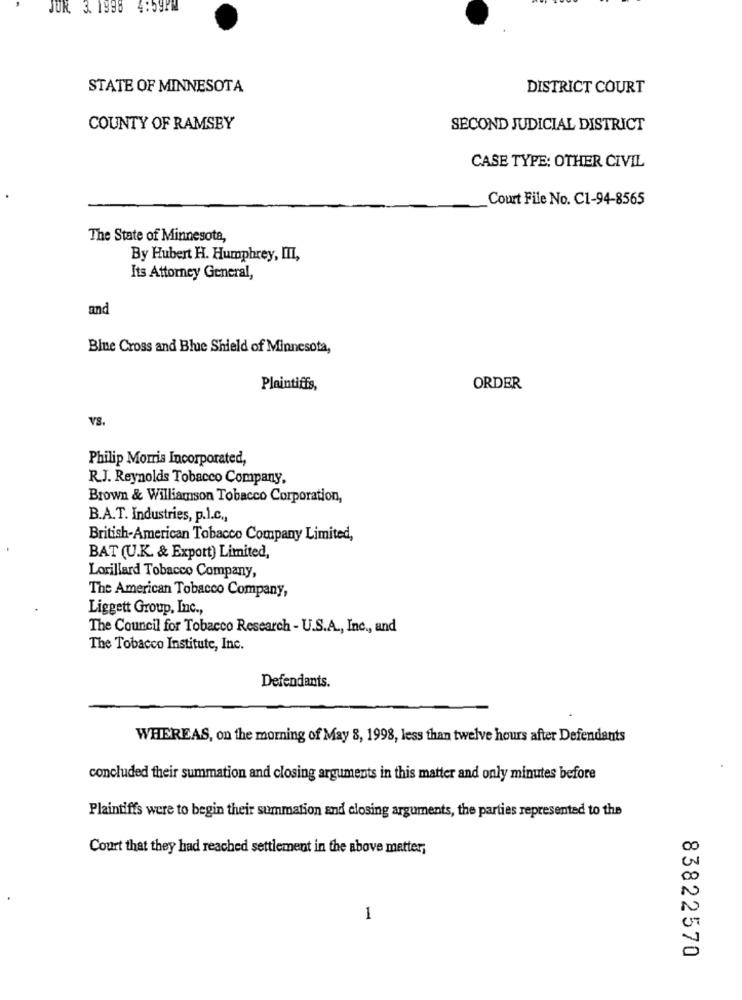
JUR. 3. 1998
STATE OF MINNESOTA
DISTRICT COURT
COUNTY OF RAMSEY
SECOND JUDICIAL DISTRICT
CASE TYPE: OTHER CIVIL
Court File No. C1-94-8565
The State of Minnesota,
By Hubert H. Humphrey, III,
Its Attorney General,
and
Blue Cross and Blue Shield of Minnesota,
Plaintiffs,
ORDER
VS.
Philip Morris Incorporated,
R.J. Reynolds Tobacco Company,
Brown & Williamson Tobacco Corporation,
B.A.T. Industries, p.l.C .,
British-American Tobacco Company Limited,
BAT (U.K. & Export) Limited,
Lorillard Tobacco Company,
The American Tobacco Company,
Liggett Group, Inc .,
The Council for Tobacco Research - U.S.A ., Inc ., and
The Tobacco Institute, Inc.
Defendants.
WHEREAS, on the morning of May 8, 1998, less than twelve hours after Defendants
concluded their summation and closing arguments in this matter and only minutes before
Plaintiffs were to begin their summation and closing arguments, the parties represented to the
Court that they had reached settlement in the above matter,
00
N
N
1
83822570